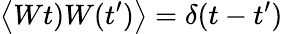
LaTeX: \left\langle Wt)W(t^{\prime})\right\rangle=\delta(t-t^{\prime})